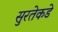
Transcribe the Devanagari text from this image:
सुरतेकडे